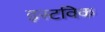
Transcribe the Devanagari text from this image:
इस्टविक